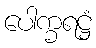
ပေါက္ခရဋ္ဌံ